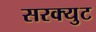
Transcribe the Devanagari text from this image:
सरक्युट